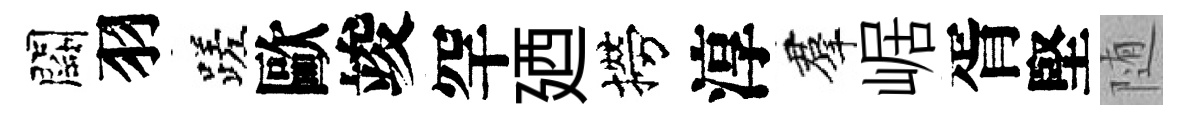
闕羽蹉歐竣罕廼撈淳羣崌胥堅随